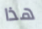
هذا